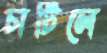
চাটিলে